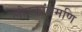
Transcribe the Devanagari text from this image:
लौहकांतमणि